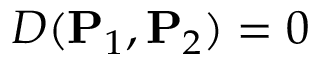
D ( \mathbf { P } _ { 1 } , \mathbf { P } _ { 2 } ) = 0